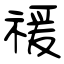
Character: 禐